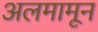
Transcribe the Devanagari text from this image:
अलमामून